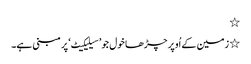
٭
٭ زمین کے اُوپر چڑھا خول جو ’سیلیکیٹ‘ پر مبنی ہے۔